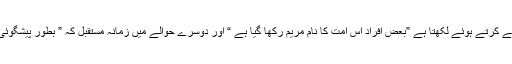
لطف یہ کہ مرزا قادیانی نے پہلے حوالے میں تو خود اس مضمون مذکورہ کا تعلق زمانہ ماضی سے کرتے ہوئے لکھتا ہے ”بعض افراد اس امت کا نام مریم رکھا گیا ہے “ اور دوسرے حوالے میں زمانہ مستقبل کہ ” بطور پیشگوئی کمال تصریح سے بیان کیا گیا ہے کہ عیسیٰ ابن مریم اس اُمت میں اس طرح پیدا ہوگا “ لکھتا ہے۔